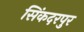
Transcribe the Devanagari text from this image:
सिंकदरपुर